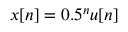
\ x [ n ] = 0 . 5 ^ { n } u [ n ]